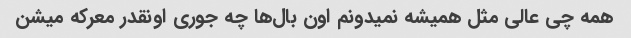
همه چی عالی مثل همیشه نمیدونم اون بال‌ها چه جوری اونقدر معرکه میشن